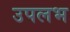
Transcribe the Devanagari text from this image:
उपलभ